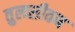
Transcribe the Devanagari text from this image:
तुलसीवन